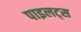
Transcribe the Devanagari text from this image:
पाइलट्स